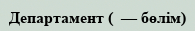
Департамент (  — бөлім)